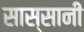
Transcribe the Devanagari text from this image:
सास्सानी